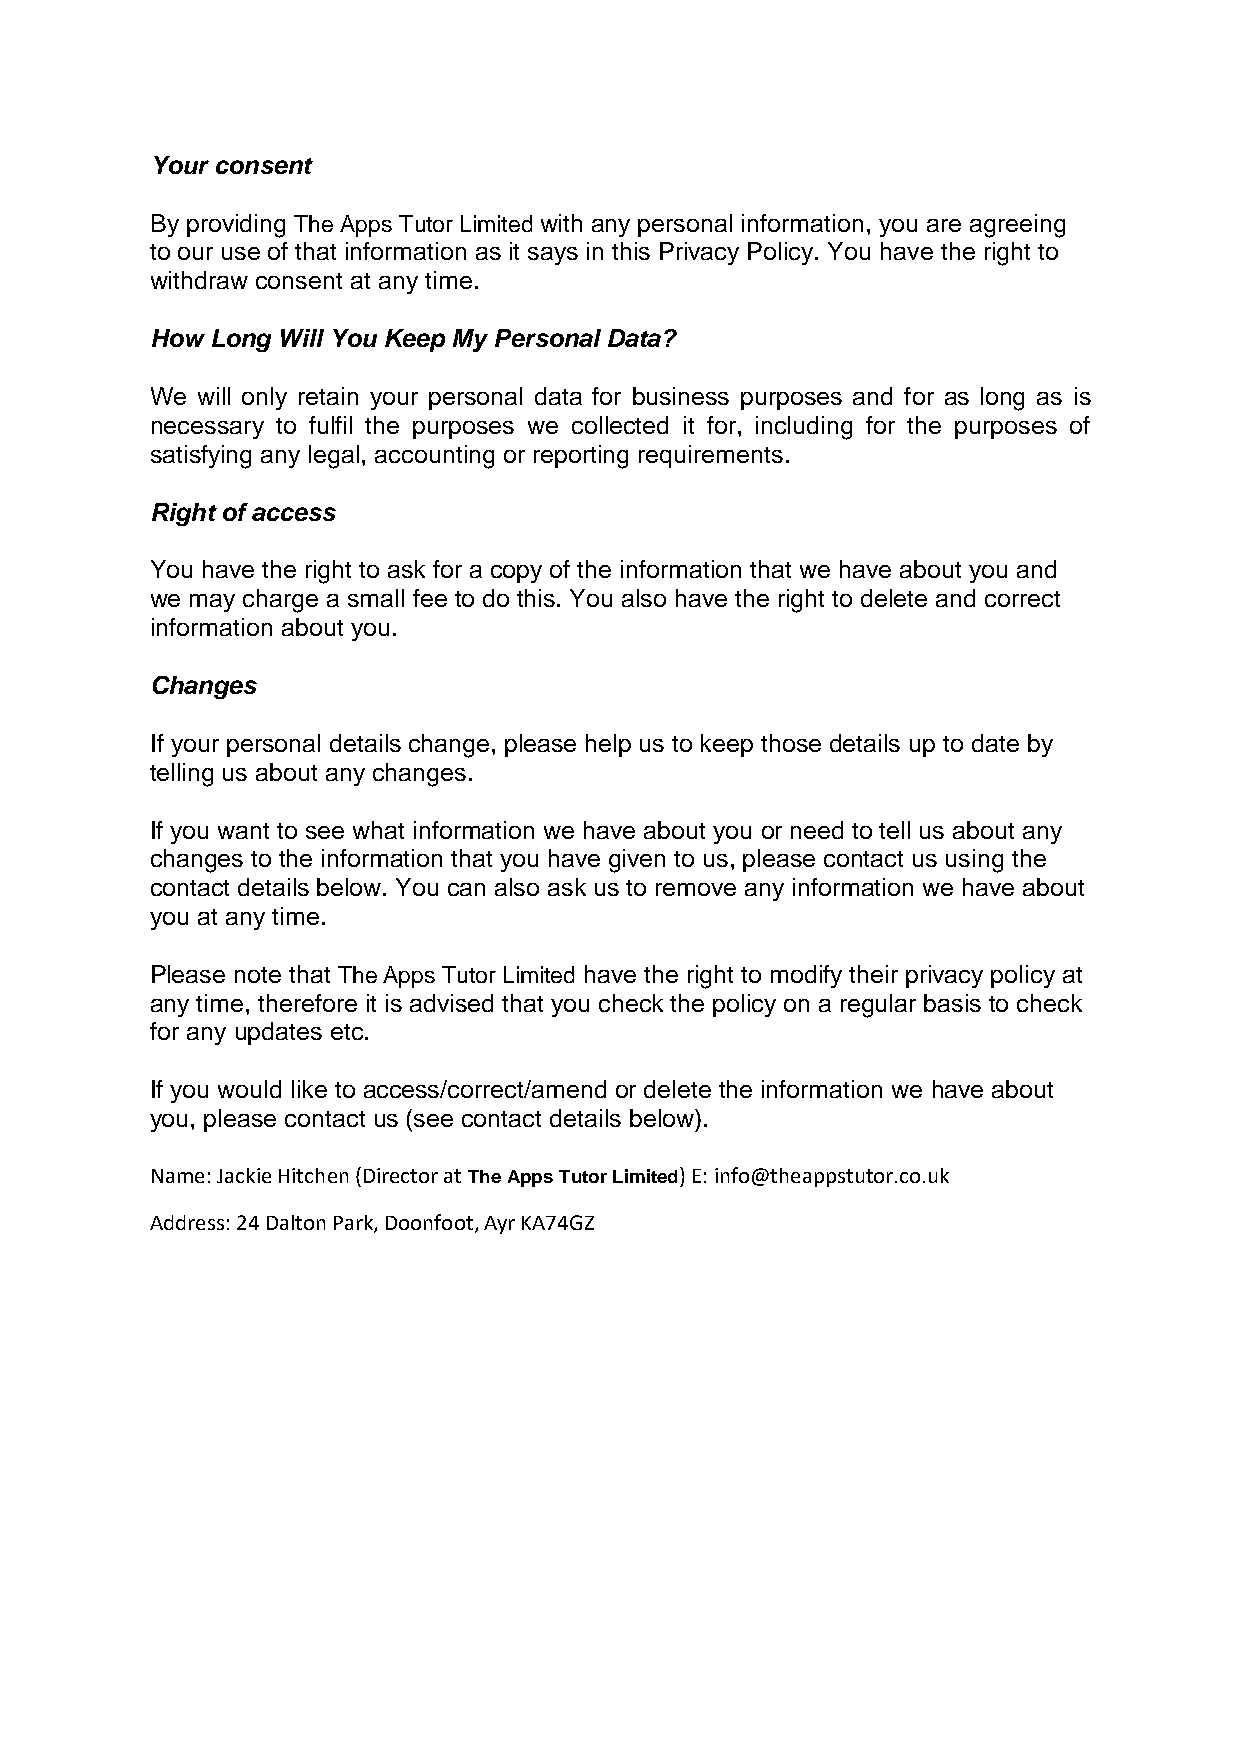
Your consent
 By providing The Apps Tutor Limited with any personal information, you are agreeing
 to our use of that information as it says in this Privacy Policy. You have the right to
 withdraw consent at any time.
 How Long Will You Keep My Personal Data?
 We will only retain your personal data for business purposes and for as long as is
 necessary to fulfil the purposes we collected it for, including for the purposes of
 satisfying any legal, accounting or reporting requirements.
 Right of access
 You have the right to ask for a copy of the information that we have about you and
 we may charge a small fee to do this. You also have the right to delete and correct
 information about you.
 Changes
 If your personal details change, please help us to keep those details up to date by
 telling us about any changes.
 If you want to see what information we have about you or need to tell us about any
 changes to the information that you have given to us, please contact us using the
 contact details below. You can also ask us to remove any information we have about
 you at any time.
 Please note that The Apps Tutor Limited have the right to modify their privacy policy at
 any time, therefore it is advised that you check the policy on a regular basis to check
 for any updates etc.
 If you would like to access/correct/amend or delete the information we have about
 you, please contact us (see contact details below).
 Name: Jackie Hitchen (Director at The Apps Tutor Limited) E: info@theappstutor.co.uk
 Address: 24 Dalton Park, Doonfoot, Ayr KA74GZ